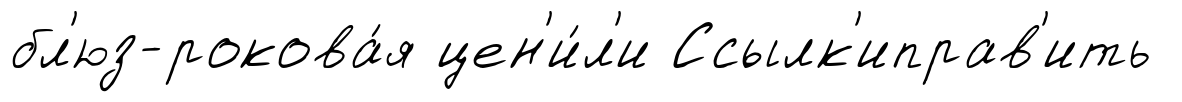
бл'юз-рокова́я цен'и́л'и Ссылк'иправ'ить